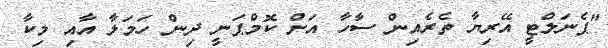
"ޕެނަލްޓީ އޭރިޔާ ތެރެއިން ސާހާ އަށް ކޮމްޕަނީ ދިން ހަމަލާ އާއި މިކާ